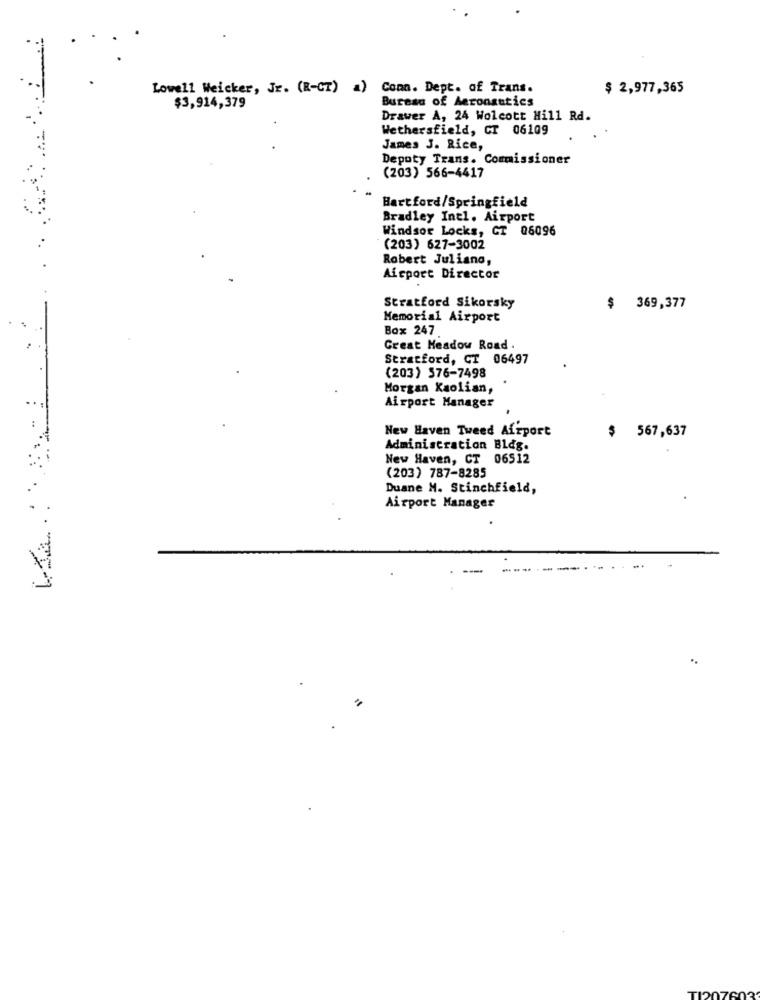
Lowell Weicker, Jr. (R-CT) a) Conn. Dept. of Trans.
$ 2,977,365
Bureau of Aeronautics
$3,914,379
Drawer A, 24 Wolcott Hill Rd.
Wethersfield, CT 06109
James J. Rice,
Deputy Trans. Commissioner
(203) 566-4417
Hartford/Springfield
Bradley Intl. Airport
Windsor Locks, CT 06096
(203) 627-3002
Robert Juliana,
Airport Director
Stratford Sikorsky
$
369,377
Memorial Airport
Box 247
Great Meadow Road .
Stratford, CT 06497
(203) 576-7498
Morgan Kaolian,
Airport Manager
New Haven Tweed Airport
$ 567,637
Administration Bldg.
New Haven, CT 06512
(203) 787-8285
Duane M. Stinchfield,
Airport Manager